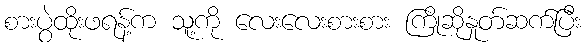
စားပွဲထိုးဖရန့်က သူ့ကို လေးလေးစားစား ကြိုဆိုနှုတ်ဆက်ပြီး